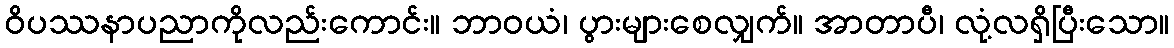
ဝိပဿနာပညာကိုလည်းကောင်း။ ဘာဝယံ၊ ပွားများစေလျှက်။ အာတာပီ၊ လုံ့လရှိပြီးသော။